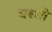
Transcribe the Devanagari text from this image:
घश्शी